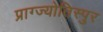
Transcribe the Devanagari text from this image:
प्राग्ज्योतिस्पुर